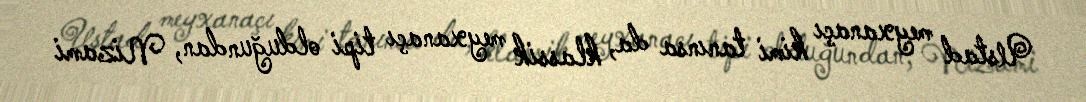
Ustad meyxanaçı kimi tanınsa da, klassik meyxanaçı tipi olduğundan, Nizami